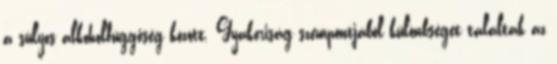
a súlyos alkoholfüggőség között. Gyakoriság szempontjából különbséget találtak az